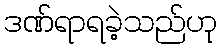
ဒဏ်ရာရခဲ့သည်ဟု